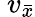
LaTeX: \ v_{\bar{x}}